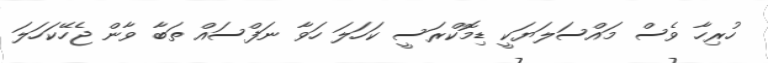
ހުރިހާ ވެސް މައްސަލަޔަކީ ޑިމޮކްރަސީ ކަހަލަ ހަވާ ނަފްސައް ތަބާ ވާން ޖެހޭކަހަލަ